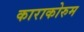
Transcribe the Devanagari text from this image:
काराकोरुम